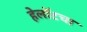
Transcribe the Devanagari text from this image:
हेलॉटचा